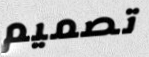
تصميم